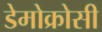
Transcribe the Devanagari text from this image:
डेमोक्रोसी